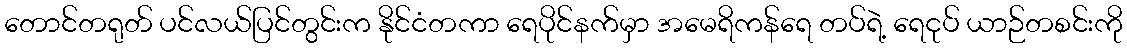
တောင်တရုတ် ပင်လယ်ပြင်တွင်းက နိုင်ငံတကာ ရေပိုင်နက်မှာ အမေရိကန်ရေ တပ်ရဲ့ ရေငုပ် ယာဉ်တစင်းကို